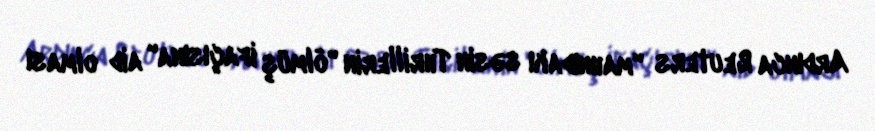
Ardınca Reuters "mahnıdakı səsin Thrillerin "ölmüş ifaçısına" aid olması